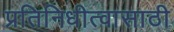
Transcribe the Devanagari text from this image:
प्रतिनिधीत्वासाठी